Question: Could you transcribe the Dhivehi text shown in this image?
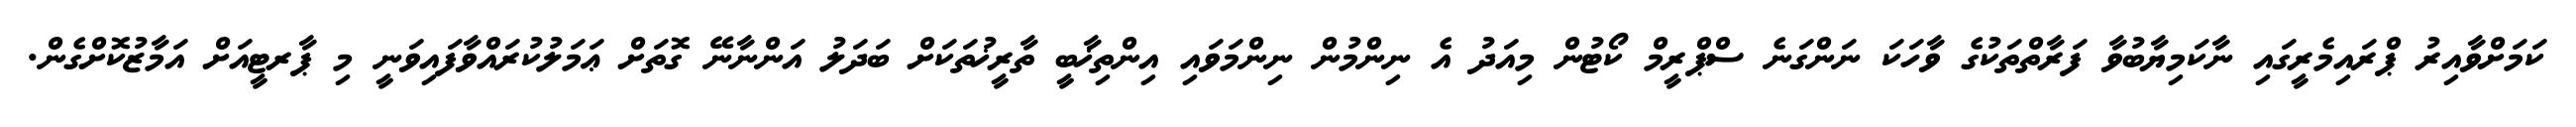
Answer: ކަމަށްވާއިރު ޕްރައިމެރީގައި ނާކަމިޔާބުވާ ފަރާތްތަކުގެ ވާހަކަ ނަންގަނެ ސްޕްރީމް ކޯޓުން މިއަދު އެ ނިންމުން ނިންމަވައި އިންތިޚާބީ ތާރީޚުތަކަށް ބަދަލު އަންނާނޭ ގޮތަށް ޢަމަލުކުރައްވާފައިވަނީ މި ޕާރޓީއަށް އަމާޒުކޮށްގެން.